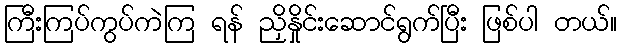
ကြီးကြပ်ကွပ်ကဲကြ ရန် ညှိနှိုင်းဆောင်ရွက်ပြီး ဖြစ်ပါ တယ်။